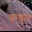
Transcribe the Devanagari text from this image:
वाकुन